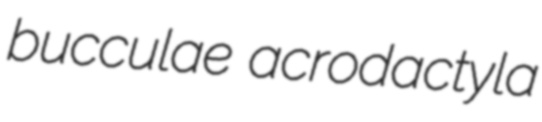
bucculae acrodactyla